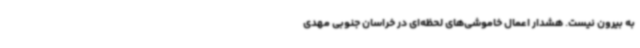
به بیرون نیست. هشدار اعمال خاموشی‌های لحظه‌ای در خراسان جنوبی مهدی